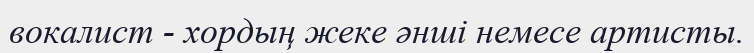
вокалист - хордың жеке әншi немесе артисты.